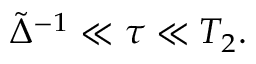
\begin{array} { r } { \tilde { \Delta } ^ { - 1 } \ll \tau \ll T _ { 2 } . } \end{array}